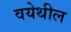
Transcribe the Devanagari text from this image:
वयेथील